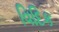
વિદિક